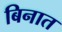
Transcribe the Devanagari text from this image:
बिनात